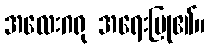
အလေးဂရု အရေးပြု၏။